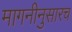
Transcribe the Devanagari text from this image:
मागनीनुसारच